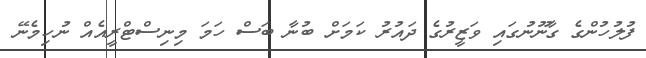
ފުލުހުންގެ ގާނޫނުގައި ވަޒީރުގެ ދައުރު ކަމަށް ބުނާ ބަސް ހަމަ މިނިސްޓްރީއެއް ނުހިމެނޭ